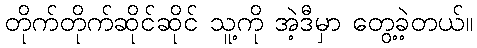
တိုက်တိုက်ဆိုင်ဆိုင် သူ့ကို အဲ့ဒီမှာ တွေ့ခဲ့တယ်။